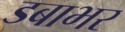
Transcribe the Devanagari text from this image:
डबाभर